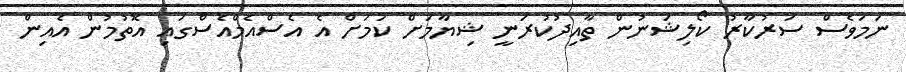
ނަމަވެސް ސަރުކާރު ކޯލިޝަނުން ތާއިދުކުރަނީ ޝިޔާމަށް ކަމަށް އެ އެސްއެމްއެސްގައި އޮތުމުން އެއިން